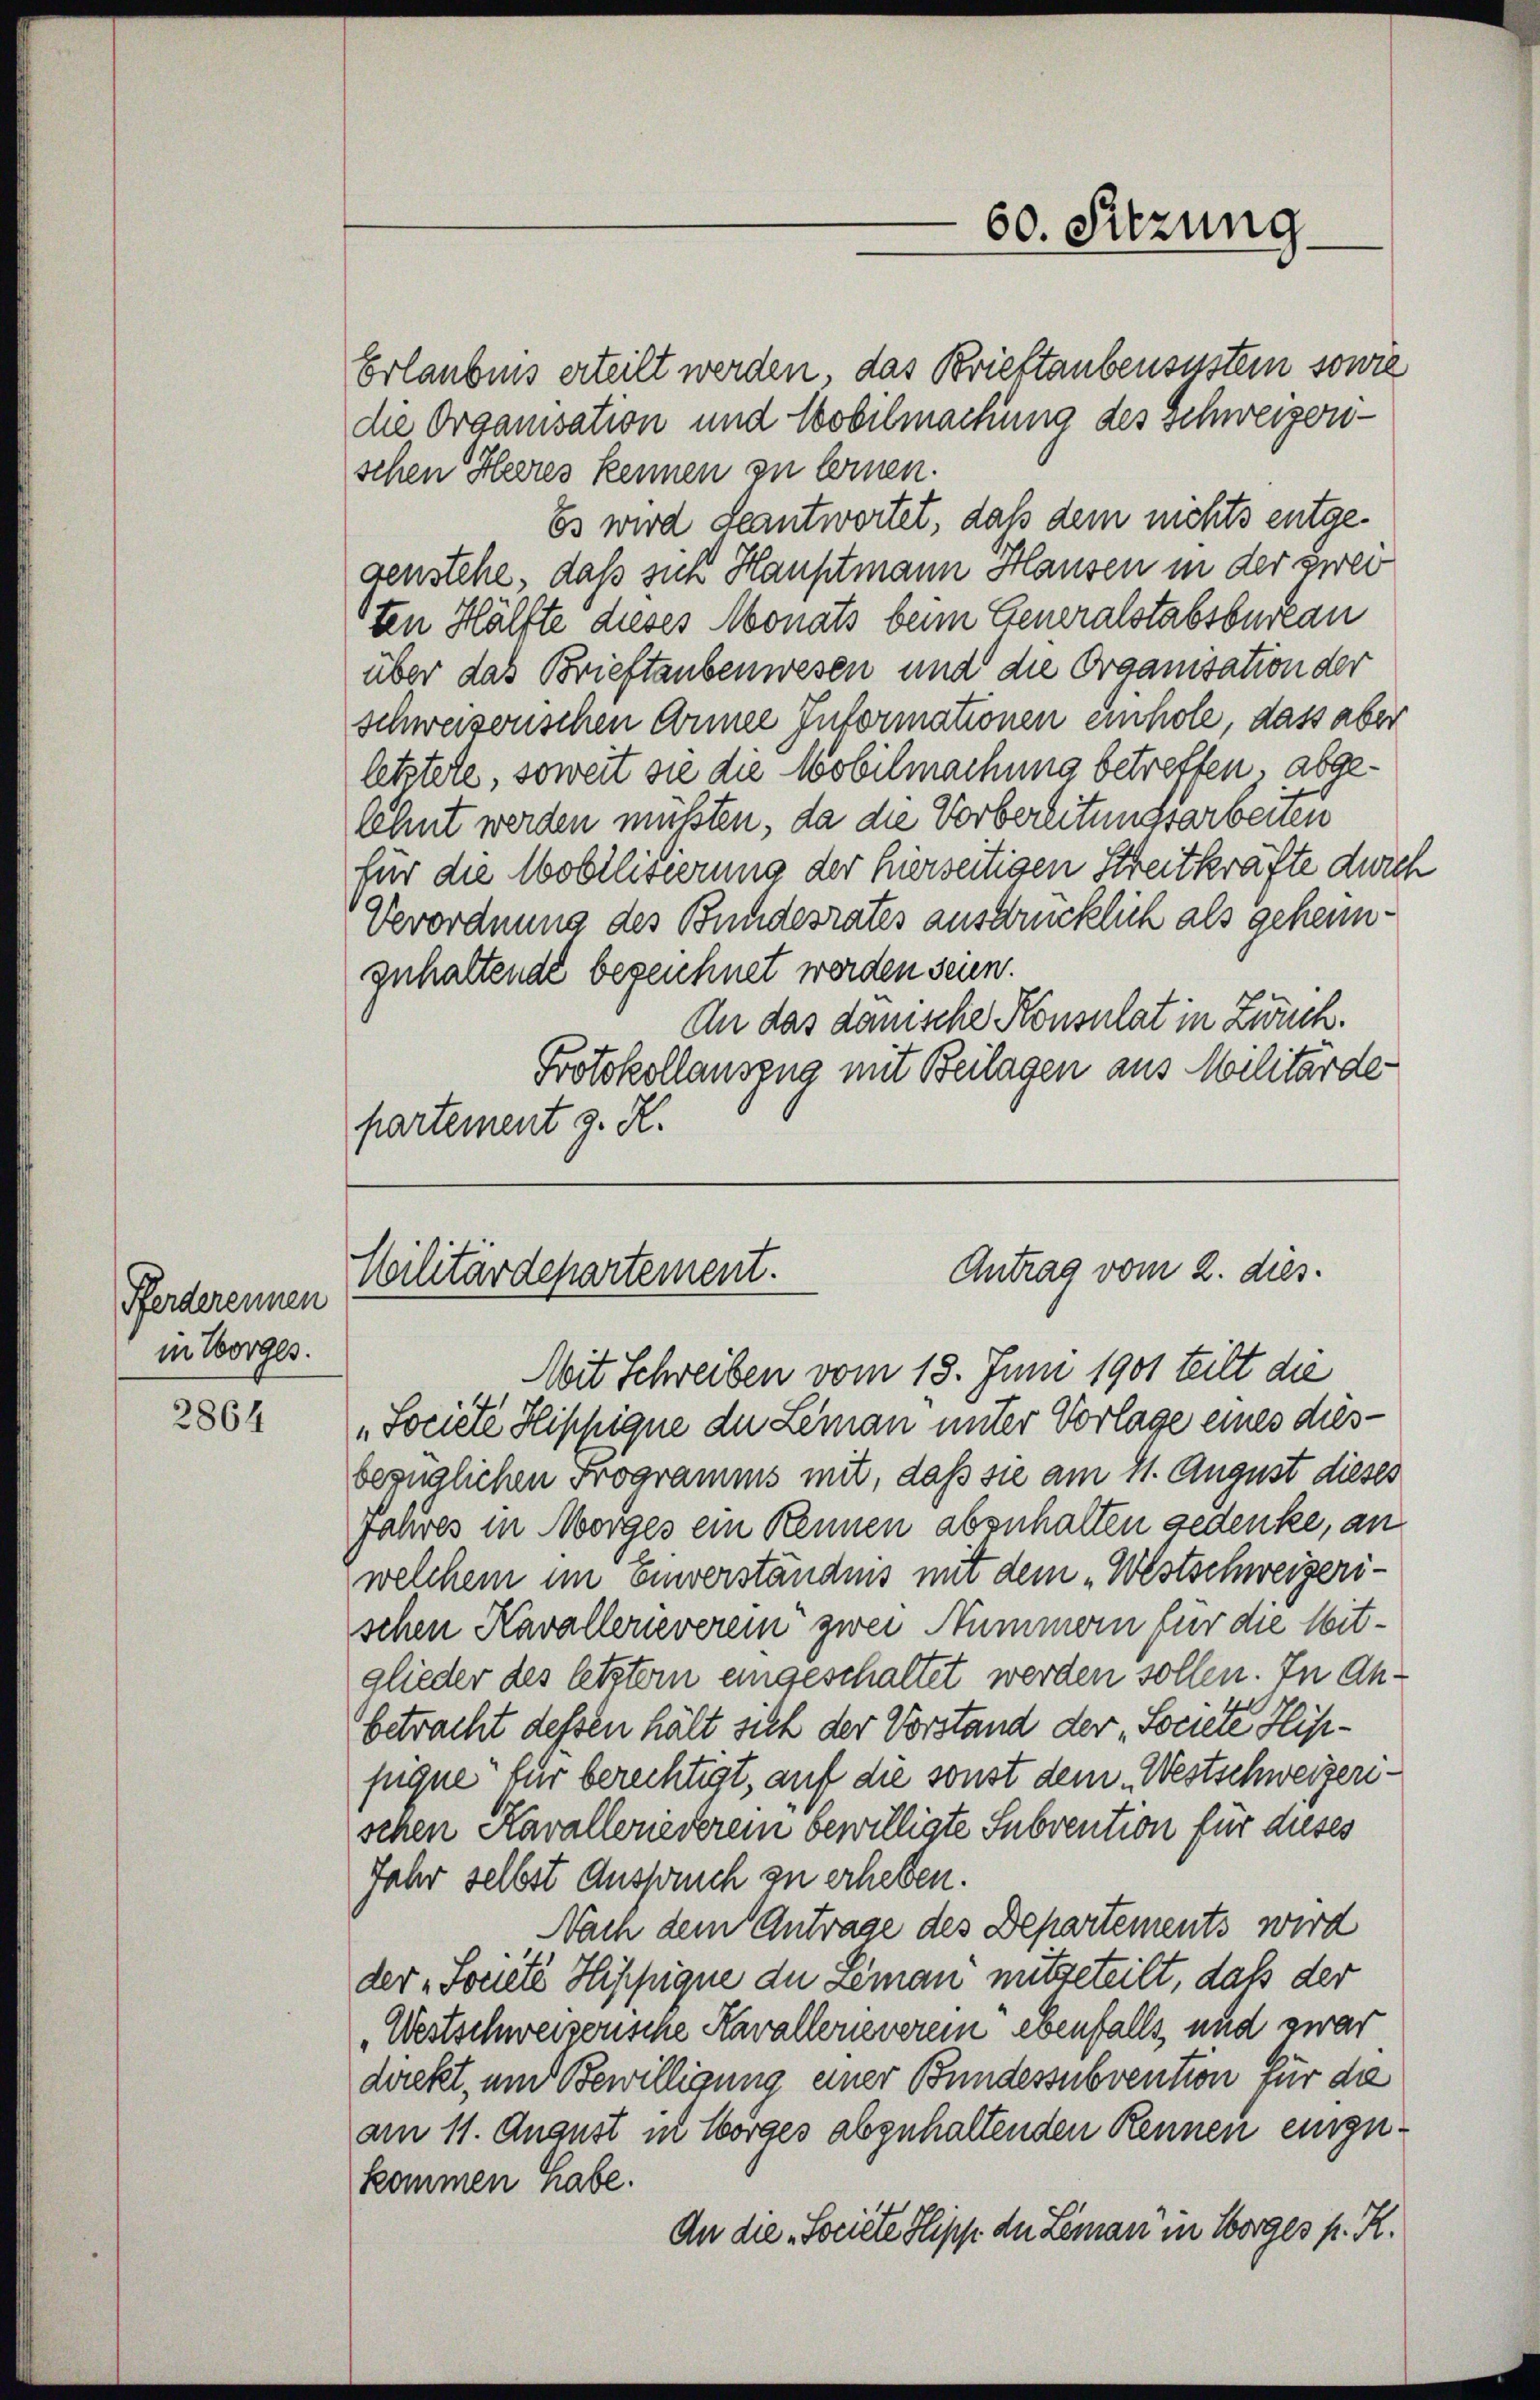
Pferderennen
in Vorges.

2864

60. Sitzung.

Erlaubnis erteilt werden, das Brieftaubensustein sowie
die Organisation und Mobilmachung des Schweizerischen Heeres kennen zu lernen.
Es wird deantwortet, daß dem nichts entgegenstehe, daß sich Hauptmann Hausen in der zwei
rten Hälfte dieses Monats beim Generalstabsbureau
über das Brieftaubenwesen und die Organisation der
schweizerischen Annee Informationen einhole, dass aber
letztere, soweit sie die Mobilmachung betreffen, abgelehnt werden müßten, da die Vorbereitungsarbeiten
für die Mobilisierung der hierseitigen Streitkräfte durch
Verordnung des Bundesrates ausdrücklich als geheimzuhaltende bezeichnet werden seien.
An das danische Konsulat in Zweck.
Protokollauszug mit Beilagen aus Malitärde-
partement z. R.

Antrag vom 2. dies.
Militärdepartement.

Mit Schreiben vom 18. Juni 1901 teilt die
„Societe Hippigne der Leman unter Vorlage eines diesbezüglichen Frogramms mit, daß sie am 11. August dieses
Jahres in Morges ein Kennen abzuhalten gedenke, an
welchem im Einverständnis mit dem „Westschweizerischen Kavallerieverein zwei Nummern für die Witglieder des letztem eingeschaltet werden sollen. In Anbetracht dessen hält sich der Vorstand der Societe Hippique für berechtigt, auf die sonst dem Westschweizerschen Kavallerieverein bewilligte Subvention für dieses
Jahr selbst Anspruch zu erheben.
Nach dem Antrage des Departements wird
der „Societé Hippique de Leman mitgeteilt, daß der
Westschweizerische Kavallerieverein ebenfalls und zwar
direkt, und Bewilligung einer Bundessubvention für da
am 11. August in Horges abgehaltenden Kennen einzukommen habe.
An die Societe Sipp der Leman in Horges p. R.